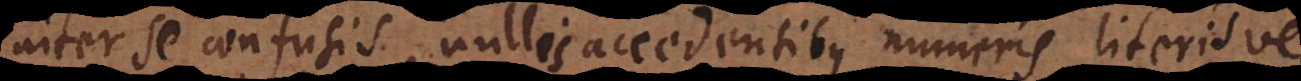
inter se confusis, nullis accedentibus numeris literisve